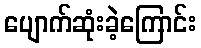
ပျောက်ဆုံးခဲ့ကြောင်း